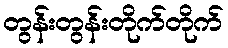
တွန်းတွန်းတိုက်တိုက်